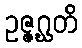
ဥဇ္ဇဂ္ဃတိ